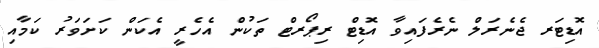
އޮޑިޓަރ ޖެނެރަލް ނެރެފައިވާ އޮޑިޓް ރިޕޯރޓް ތަކުން އެހެރީ އެކަން ކަށަވަރު ކަމާއި